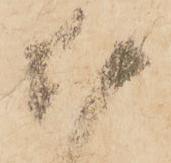
井